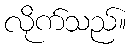
လိုက်သည်။